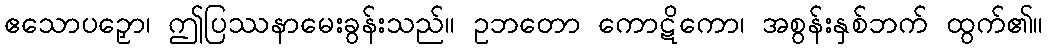
ဧသောပဉှော၊ ဤပြဿနာမေးခွန်းသည်။ ဥဘတော ကောဋိကော၊ အစွန်းနှစ်ဘက် ထွက်၏။